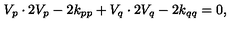
V _ { p } \cdot 2 V _ { p } - 2 k _ { p p } + V _ { q } \cdot 2 V _ { q } - 2 k _ { q q } = 0 ,